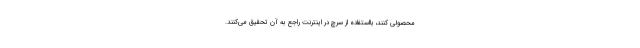
محصولی کنند، بااستفاده از سرچ در اینترنت راجع به آن تحقیق می‌کنند.